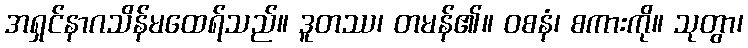
အရှင်နာဂသိန်မထေရ်သည်။ ဒူတဿ၊ တမန်၏။ ဝစနံ၊ စကားကို။ သုတွာ၊